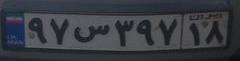
۹۷س۳۸۷۱۸